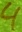
Text: 4